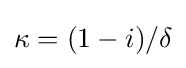
\kappa =(1-i)/\delta